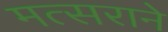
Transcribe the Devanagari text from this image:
मत्सराने